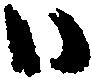
ハ